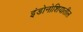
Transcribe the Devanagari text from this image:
इंडोनोशियातील